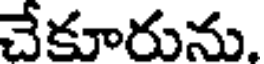
చేకూరును.